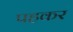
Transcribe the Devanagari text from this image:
पहकर